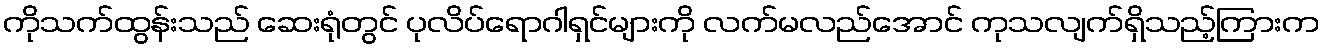
ကိုသက်ထွန်းသည် ဆေးရုံတွင် ပုလိပ်ရောဂါရှင်များကို လက်မလည်အောင် ကုသလျက်ရှိသည့်ကြားက